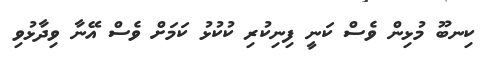
ކިނބޫ މުޅިން ވެސް ކަނީ ފިނިކުރި ކުކުޅު ކަމަށް ވެސް އޭނާ ވިދާޅުވި